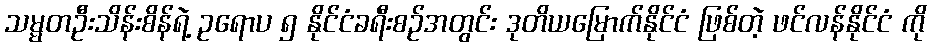
သမ္မတဦးသိန်းစိန်ရဲ့ ဥရောပ ၅ နိုင်ငံခရီးစဉ်အတွင်း ဒုတိယမြောက်နိုင်ငံ ဖြစ်တဲ့ ဖင်လန်နိုင်ငံ ကို